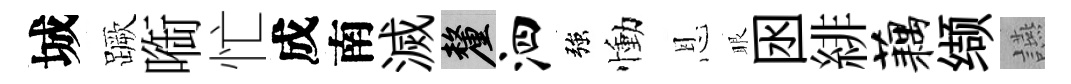
城蹶㗸忙成南滅厘泗強慟恩眼囦緋藕缬讌